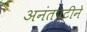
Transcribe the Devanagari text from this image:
अनंतपटीने